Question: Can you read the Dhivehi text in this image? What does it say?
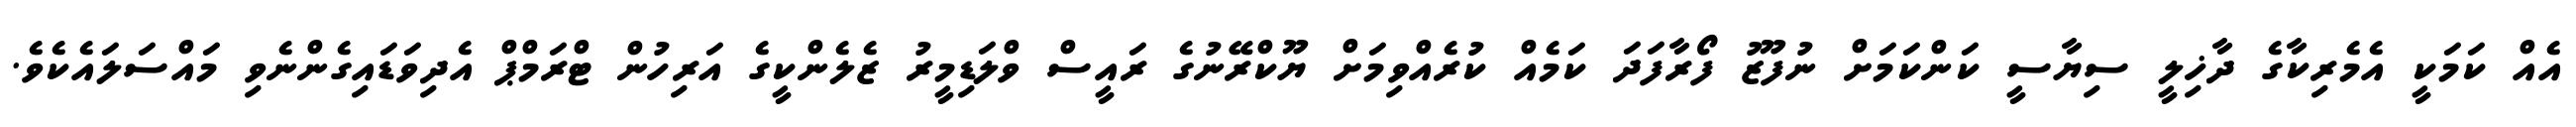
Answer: އެއް ކަމަކީ އެމެރިކާގެ ދާޚިލީ ސިޔާސީ ކަންކަމަށް ނުފޫޒު ފޯރާފަދަ ކަމެއް ކުރެއްވިމަށް ޔޫކްރޭނުގެ ރައީސް ވްލަޑިމީރު ޒެލެންކީގެ އަރިހުން ޓްރަމްޕް އެދިވަޑައިގެންނެވި މައްސަލައެކެވެ.